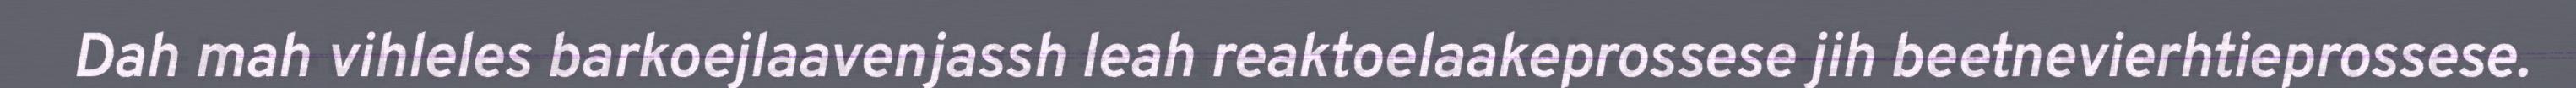
Dah mah vihleles barkoejlaavenjassh leah reaktoelaakeprossese jih beetnevierhtieprossese.